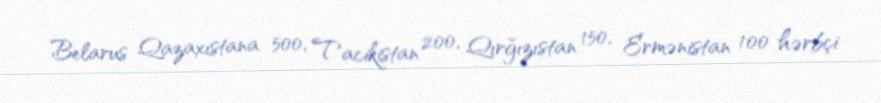
Belarus Qazaxıstana 500, Tacikistan 200, Qırğızıstan 150, Ermənistan 100 hərbçi